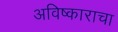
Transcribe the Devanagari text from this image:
अविष्काराचा